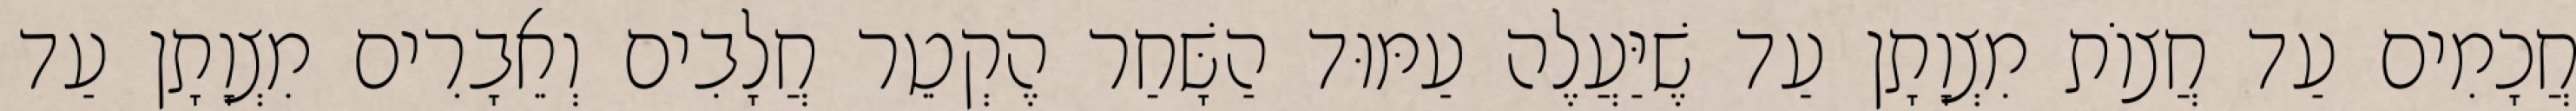
חֲכָמִים עַד חֲצוֹת מִצְוָתָן עַד שֶׁיַּעֲלֶה עַמּוּד הַשָּׁחַר הֶקְטֵר חֲלָבִים וְאֵבָרִים מִצְוָתָן עַד